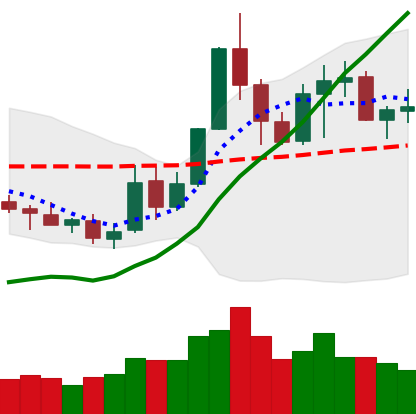
Ticker: NEO-USD
Chart end date: 2019-05-24
Forward return: 17.292%
Label: up_7plus